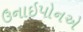
ઉનાઇપોનએ